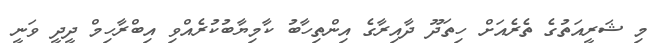
މި ޝަރީއަތުގެ ތެރެއަށް ހިތަދޫ ދާއިރާގެ އިންތިހާބު ކާމިޔާބުކުރެއްވި އިބްރާހިމް ދީދީ ވަނީ